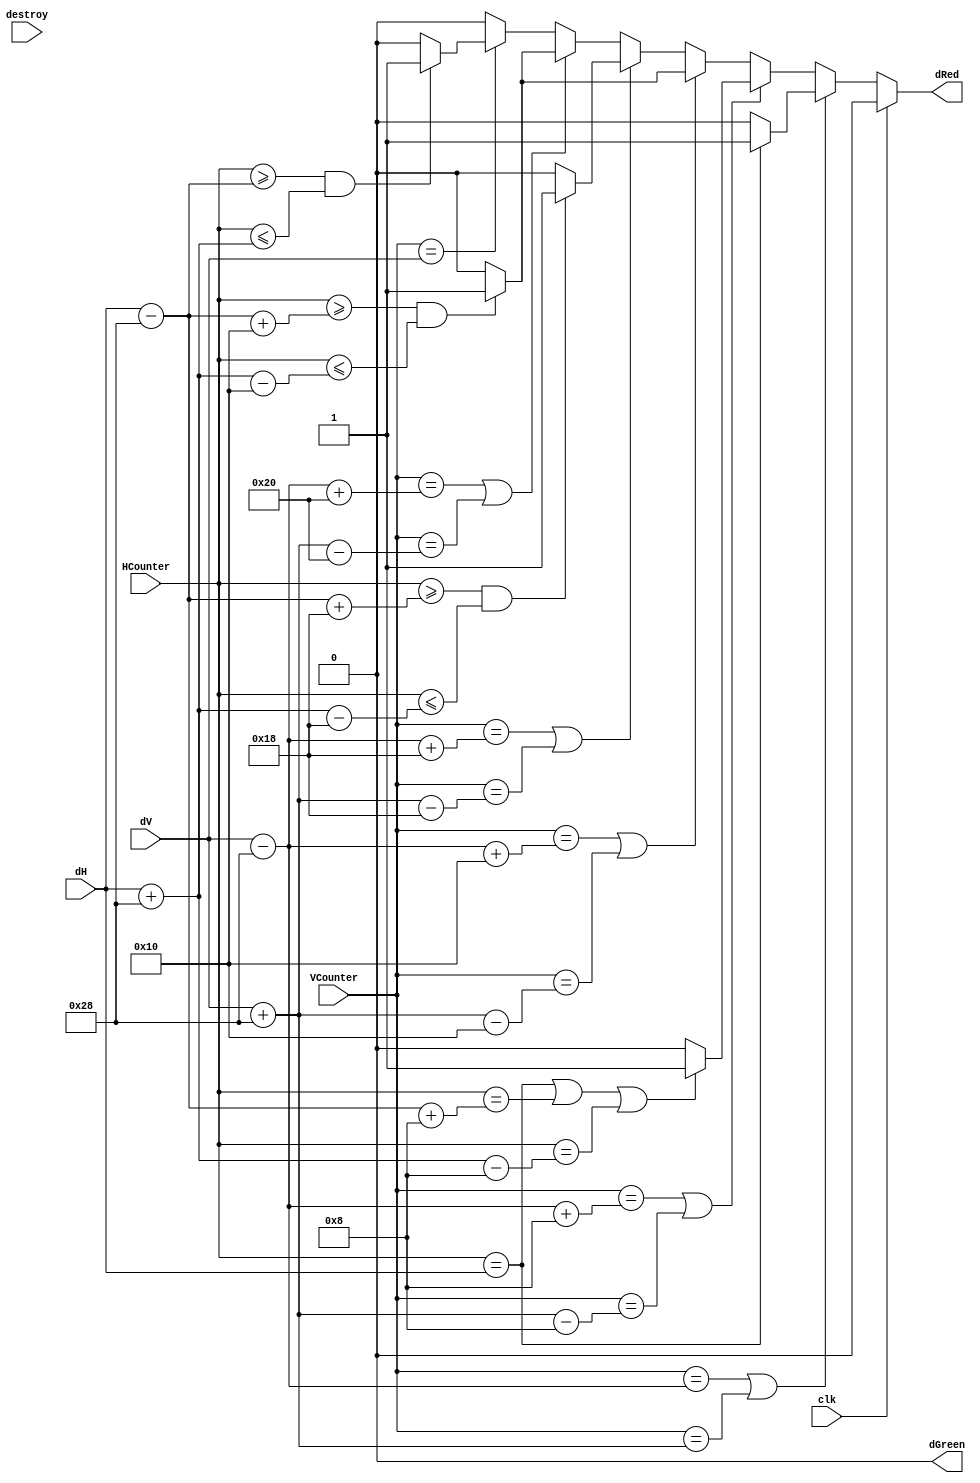
module destroyAnimation(
input [9:0] HCounter,
input [9:0] VCounter,
input destroy,
input [32:0] dH,
input [32:0] dV,
input clk,

output reg dRed,
output reg dGreen);

	reg [32:0] hMax = 33'd40;
	reg [32:0] vMax = 33'd40;
	reg [32:0] one = 33'd8;
	reg [32:0] two = 33'd16;
	reg [32:0] three = 33'd24;
	reg [32:0] four = 33'd32;
	
	//Draws the destruction animation, around the center of the destroyed point, i.e dV and dH
	//Also considers whether the asteroid has been destroyed or not according to the input "destroyed"
	//Using the value of clk to decide how long we want the animation to stay up for =
	always@(dV or dH) begin
		if(clk == 0) begin
			if(VCounter == (dV-vMax) || VCounter == (dV+vMax)) begin
				if(HCounter == dH) begin
					dRed <= 1; dGreen <= 0;
				end else begin
					dRed <= 0; dGreen <= 0;
				end
			end else if(VCounter == (dV-vMax+one) || VCounter == (dV+vMax-one)) begin
				if(HCounter == dH || HCounter == (dH - hMax + one) || HCounter == (dH + hMax - one)) begin
					dRed <= 1; dGreen <= 0;
				end else begin
					dRed <= 0; dGreen <= 0;
				end
			end else if(VCounter == (dV-vMax+two) || VCounter == (dV+vMax-two)) begin
				if(HCounter >= (dH - hMax + two) && HCounter <= (dH + hMax - two)) begin
					dRed <= 1; dGreen <= 0;
				end else begin
					dRed <= 0; dGreen <= 0;
				end
			end else if(VCounter == (dV-vMax+three) || VCounter == (dV+vMax-three)) begin
				if(HCounter >= (dH - hMax + three) && HCounter <= (dH + hMax - three)) begin
					dRed <= 1; dGreen <= 0;
				end else begin
					dRed <= 0; dGreen <= 0;
				end
			end else if(VCounter == (dV-vMax+four) || VCounter == (dV+vMax-four)) begin
				if(HCounter >= (dH - hMax + two) && HCounter <= (dH + hMax - two)) begin
					dRed <= 1; dGreen <= 0;
				end else begin
					dRed <= 0; dGreen <= 0;
				end
			end else if(VCounter == dV) begin
				if(HCounter >= (dH - hMax) && HCounter <= (dH + hMax)) begin
					dRed <= 1; dGreen <= 0;
				end else begin
					dRed <= 0; dGreen <= 0;
				end
			end else begin
				dRed <= 0; dGreen <= 0;
			end
		end else begin
			dRed <= 0; dGreen <= 0;
		end
	end
	
endmodule